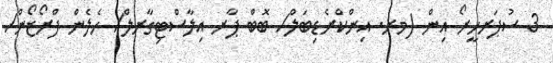
3 ސުޕަރހީރޯ އިން (މރ. އިންކްރެޑިބަލް/ ބޮބް ޕާރ އިލާސްޓިގާރލް/ ހެލެން ފްރޯޒޯން/